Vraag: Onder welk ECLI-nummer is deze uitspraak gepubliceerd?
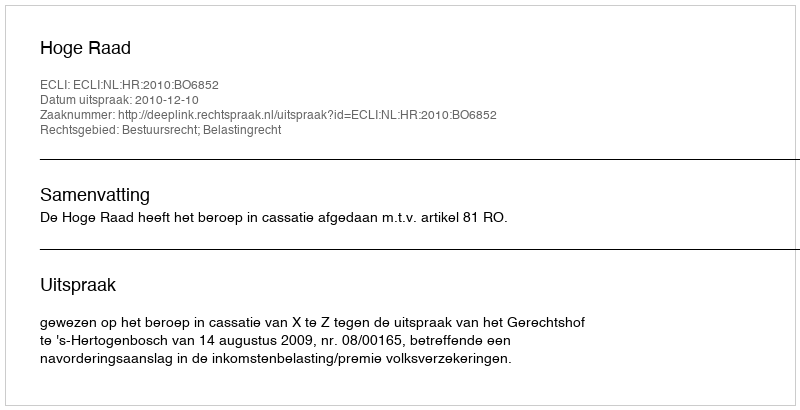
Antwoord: ECLI:NL:HR:2010:BO6852